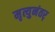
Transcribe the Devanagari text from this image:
मृत्युनंतर्